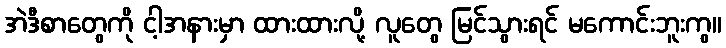
အဲဒီစာတွေကို ငါ့အနားမှာ ထားထားလို့ လူတွေ မြင်သွားရင် မကောင်းဘူးကွ။